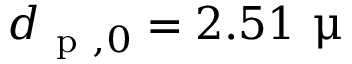
d _ { \mathrm { ~ p ~ } , 0 } = 2 . 5 1 ~ \upmu